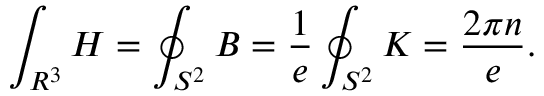
\int _ { R ^ { 3 } } H = \oint _ { S ^ { 2 } } B = \frac { 1 } { e } \oint _ { S ^ { 2 } } K = \frac { 2 \pi n } { e } .